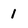
Character: 1